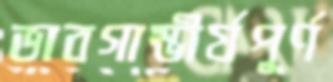
ভাবগাম্ভীর্যপূর্ণ